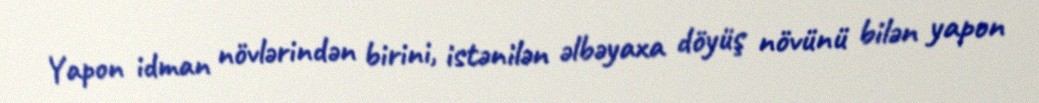
Yapon idman növlərindən birini, istənilən əlbəyaxa döyüş növünü bilən yapon